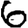
Digit: 6